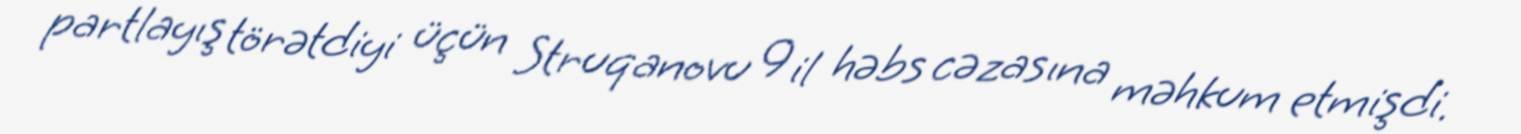
partlayış törətdiyi üçün Struqanovu 9 il həbs cəzasına məhkum etmişdi.